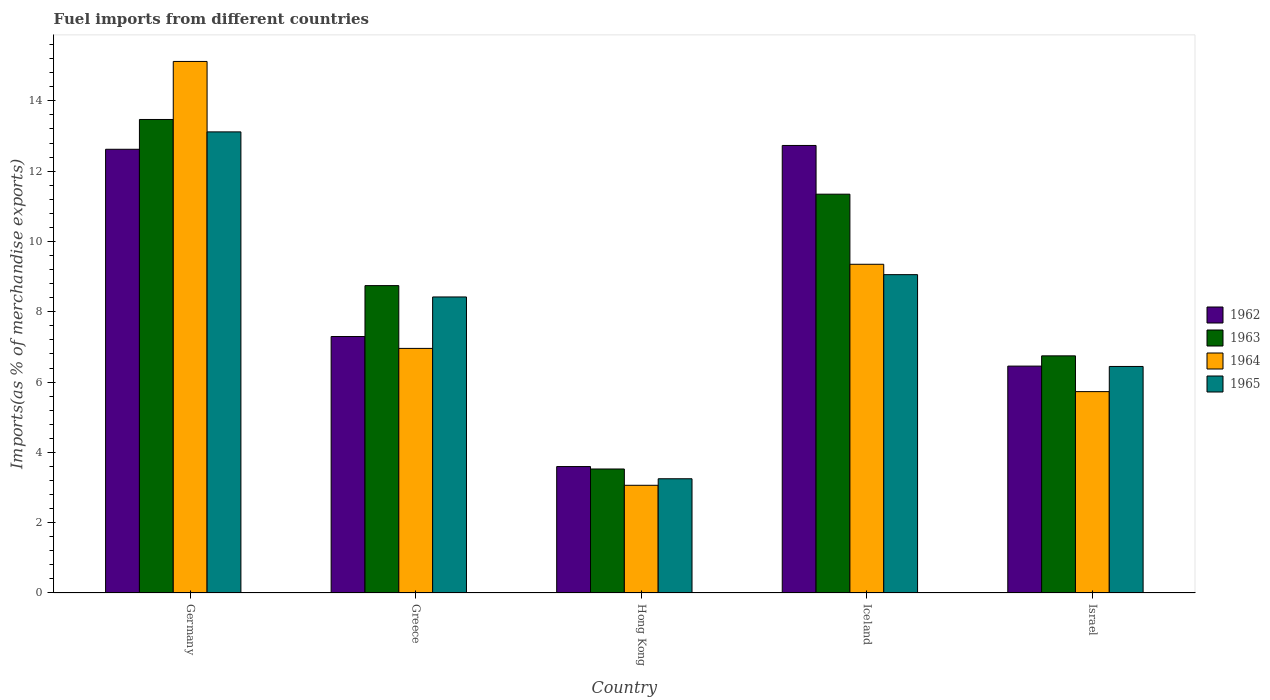
| Country | 1962 | 1963 | 1964 | 1965 |
 | --- | --- | --- | --- | --- |
 | Germany | 12.6 | 13.5 | 15.1 | 13.1 |
 | Greece | 7.3 | 8.74 | 6.96 | 8.42 |
 | Hong Kong | 3.6 | 3.53 | 3.06 | 3.25 |
 | Iceland | 12.7 | 11.3 | 9.35 | 9.06 |
 | Israel | 6.45 | 6.75 | 5.73 | 6.44 |